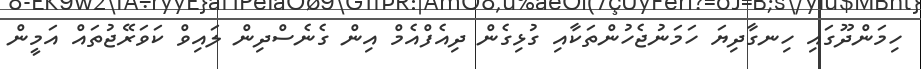
ހިމަންދޫގައި ހިނގާދިޔަ ހަމަނުޖެހުންތަކާއި ގުޅިގެން ދިއެފްއެމް އިން ގެނެސްދިން ލައިވް ކަވަރޭޖުތައް އަމީން